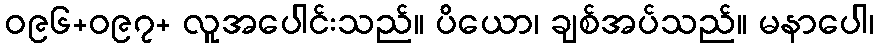
ဝ၉၆+ဝ၉၇+ လူအပေါင်းသည်။ ပိယော၊ ချစ်အပ်သည်။ မနာပေါ၊